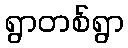
ရွာတစ်ရွာ